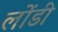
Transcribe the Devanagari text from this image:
लोंडी